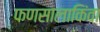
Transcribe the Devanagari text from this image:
फणसालाकिंवा